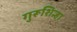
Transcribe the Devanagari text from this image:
गुरूशिन्हा